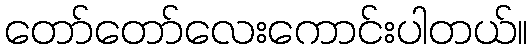
တော်တော်လေးကောင်းပါတယ်။